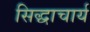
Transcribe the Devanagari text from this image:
सिद्धाचार्य